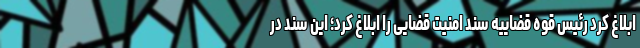
ابلاغ کرد رئیس قوه قضاییه سند امنیت قضایی را ابلاغ کرد؛ این سند در